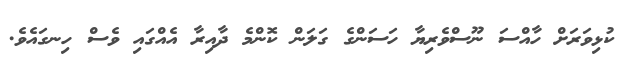
ކުޅިވަރަށް ހާއްސަ ނޫސްވެރިޔާ ހަސަންގެ ގަލަން ކޮންމެ ދާއިރާ އެއްގައި ވެސް ހިނގައެވެ.